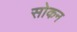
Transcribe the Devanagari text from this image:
सोकन